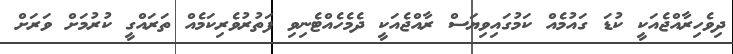
ދިވެހިރާއްޖެއަކީ ކުޑަ ގައުމެއް ކަމުގައިވިޔަސް ރާއްޖެއަކީ ދެމެހެއްޓެނިވި ފަތުރުވެރިކަމެއް ތަރައްގީ ކުރުމަށް ވަރަށް